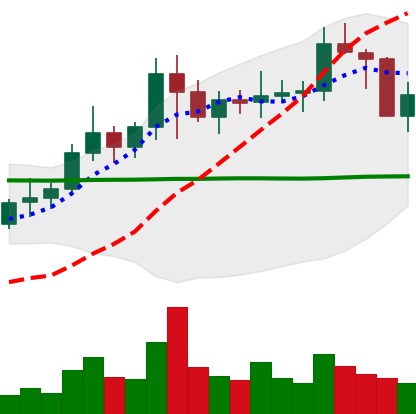
Ticker: NEO-USD
Chart end date: 2021-01-22
Forward return: -10.328%
Label: down_7plus